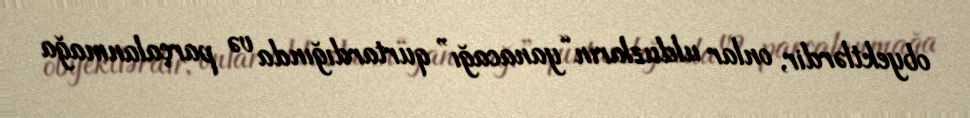
obyektlərdir, onlar ulduzların “yanacağı” qurtardığında və parçalanmağa